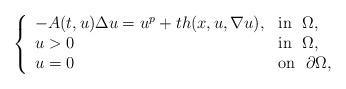
LaTeX: \begin{align*}\left\{\begin{array}{ll}-A(t,u)\Delta u=u^p+th(x,u,\nabla u), & \mbox{in}\ \ \Omega,\\u>0 & \mbox{in}\ \ \Omega,\\u=0 & \mbox{on}\ \ \partial\Omega,\\\end{array}\right.\end{align*}